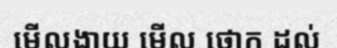
មើលងាយ មើល ថោក ដល់